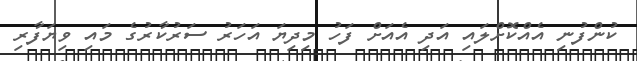
ކުންފުނި އެއްކޮށްލައި އަދި އެއަށް ފަހު މިދިޔަ އަހަރު ސަރުކާރުގެ މައި ވިޔަފާރި